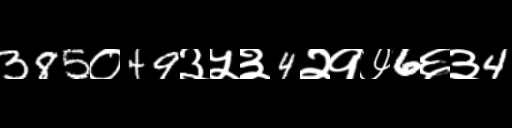
Text: 385०49३५३4२१७6६३4